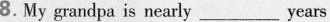
8.My grandpa is nearly___ years